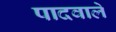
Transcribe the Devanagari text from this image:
पादवाले